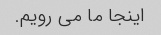
اینجا ما می رویم.